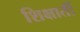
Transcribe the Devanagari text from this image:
शिक्षार्ती